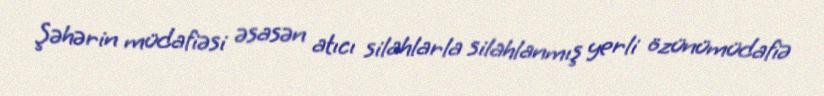
Şəhərin müdafiəsi əsasən atıcı silahlarla silahlanmış yerli özünümüdafiə